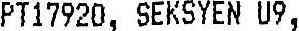
PT17920, SEKSYEN U9,